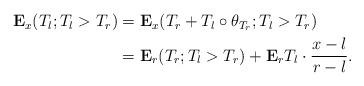
LaTeX: \begin{align*}\begin{aligned}\mathbf{E}_x(T_l; T_l>T_r)&=\mathbf{E}_x(T_r+T_l\circ \theta_{T_r}; T_l>T_r) \\&=\mathbf{E}_r(T_r; T_l>T_r)+\mathbf{E}_rT_l \cdot \frac{x-l}{r-l}. \end{aligned}\end{align*}